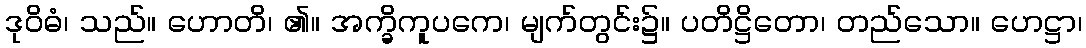
ဒုဝိဓံ၊ သည်။ ဟောတိ၊ ၏။ အက္ခိကူပကေ၊ မျက်တွင်း၌။ ပတိဋ္ဌိတော၊ တည်သော။ ဟေဋ္ဌာ၊